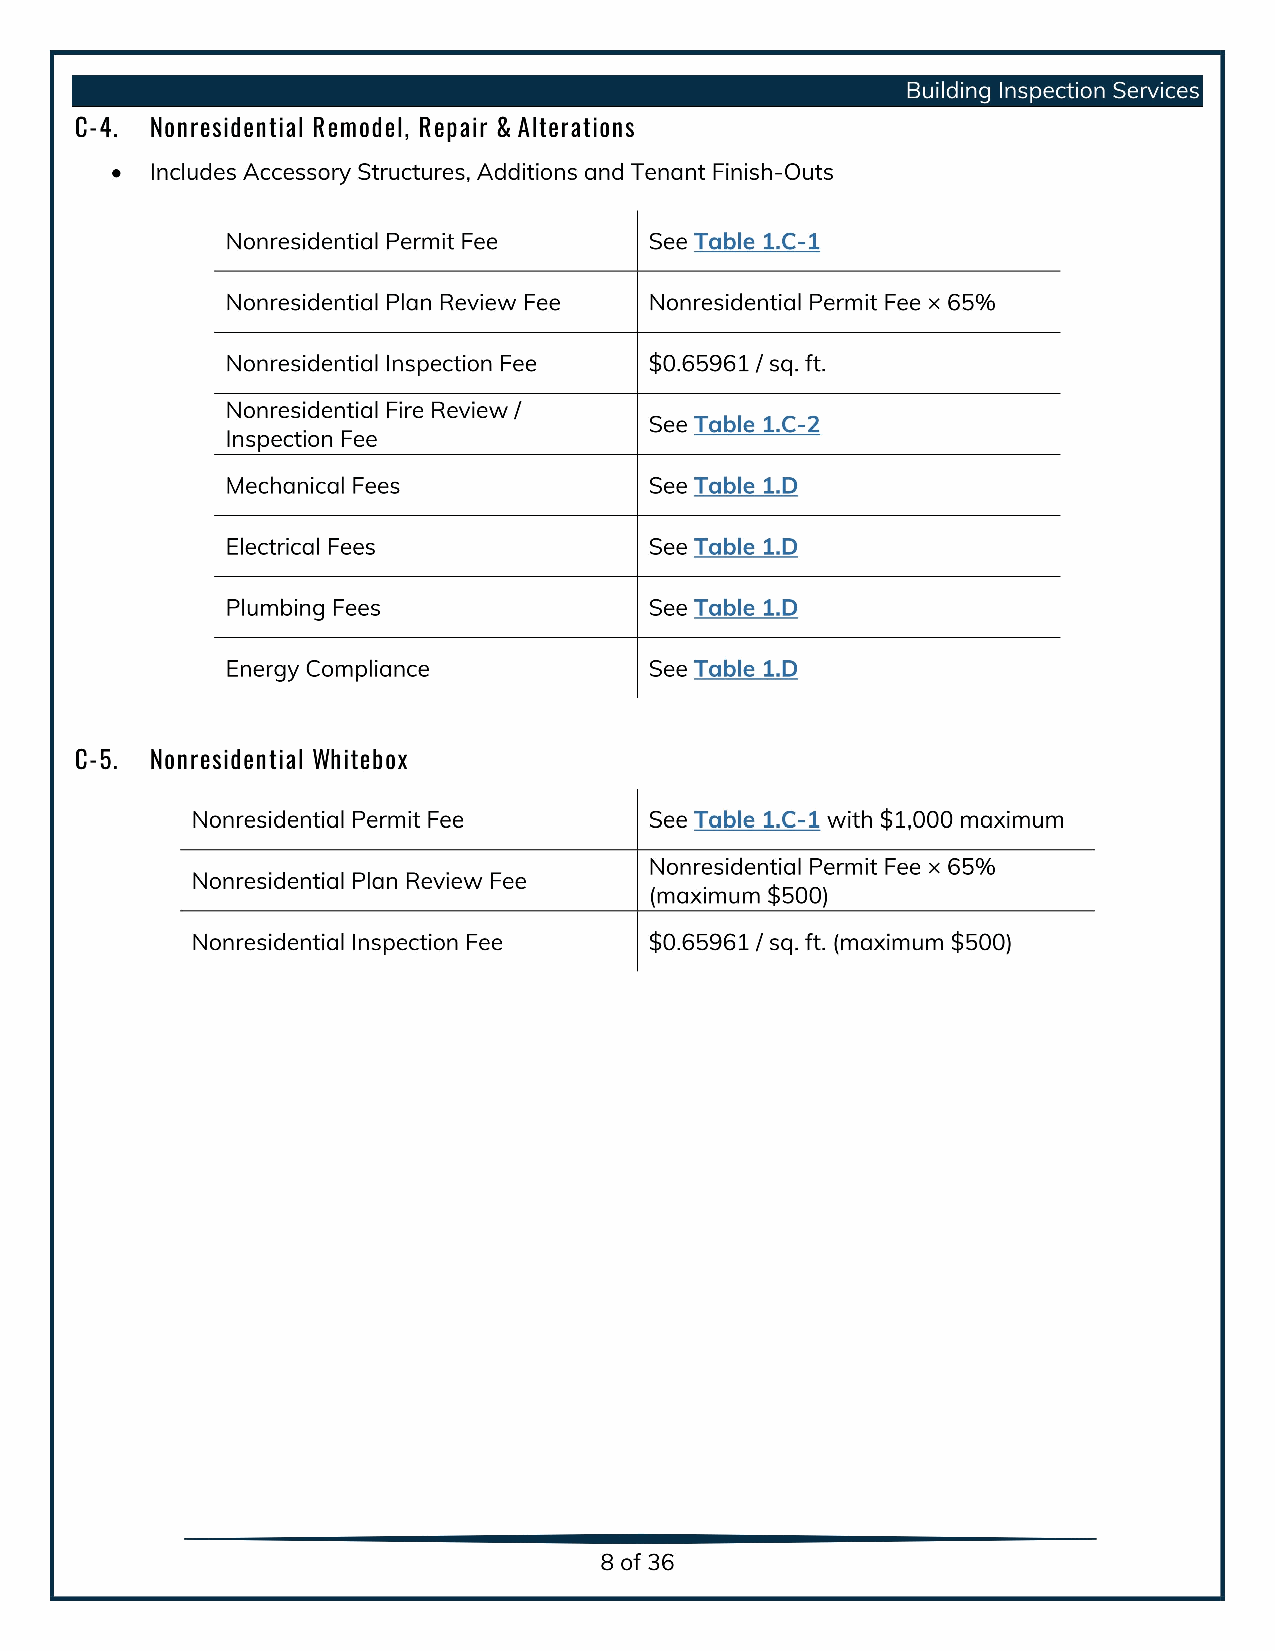
Building Inspection Services
 C-4. Nonresidential Remodel, Repair & Alterations
 Includes Accessory Structures, Additions and Tenant Finish-Outs
 Nonresidential Permit Fee   See Table 1.C-1
 Nonresidential Plan Review Fee Nonresidential Permit Fee ×65 %No nresidential
 Inspection Fee    0$.        65961 / sq. ft.N onresidential
 Fire      Review /I nspection
 Table 1.C-2 Mechanical
 Fee     See
 Fees    See                 Table 1.DElectrical
 Fees   See                  Table 1.DPlumbing
 Fees   See                  Table 1.DEnergy
 Compliance See              Table 1.DC-
 5. Nonresidential Whitebox Nonresidential
 Permit    Fee  See            Table 1.C-1 with $1,000maximum Nonresidential
 Permit     Fee 6×5 %maximum $5 00)
 Plan      Review Fee Nonresidential
 Nonresidential Inspection
 Fee       0$     .65961 /      sq. ft.maxim um $ 500()
 8of36